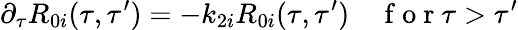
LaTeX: \partial_{\tau}R_{0i}(\tau,\tau^{\prime})=-k_{2i}R_{0i}(\tau,\tau^{\prime})\quad\mathrm{~f~o~r~}\tau>\tau^{\prime}